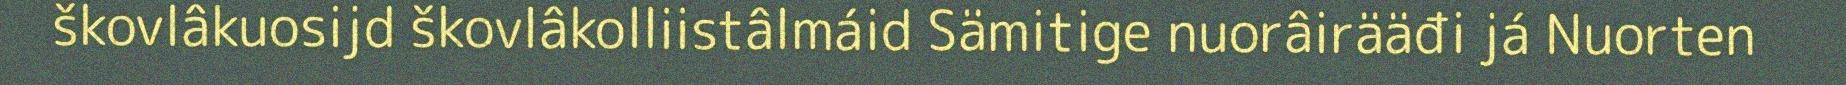
škovlâkuosijd škovlâkolliistâlmáid Sämitige nuorâirääđi já Nuorten